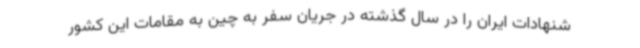
شنهادات ایران را در سال گذشته در جریان سفر به چین به مقامات این کشور